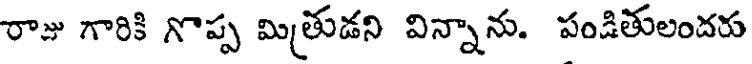
రాజు గారికి గొప్ప మిత్రుడని విన్నాను. పండితులందరు